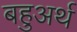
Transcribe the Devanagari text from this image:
बहुअर्थ